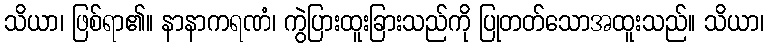
သိယာ၊ ဖြစ်ရာ၏။ နာနာကရဏံ၊ ကွဲပြားထူးခြားသည်ကို ပြုတတ်သောအထူးသည်။ သိယာ၊